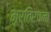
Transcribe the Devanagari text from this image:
मूर्तिरचना